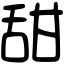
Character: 甜